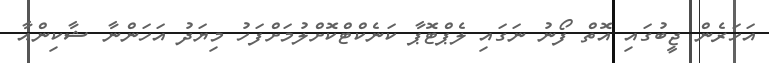
އަހަރެން ޖީބުގައި އޮތް ފޯނު ނަގައި ލެޕްޓޮޕާ ކަނެކްޓްކޮށްލުމަށްފަހު މިޔަދު އަހަންނާ ޝާކިންއާ